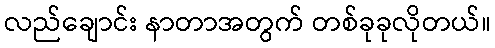
လည်ချောင်း နာတာအတွက် တစ်ခုခုလိုတယ်။